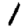
Digit: 1